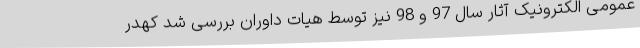
عمومی الکترونیک آثار سال 97 و 98 نیز توسط هیات داوران بررسی شد کهدر